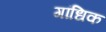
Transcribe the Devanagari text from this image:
गांधिक